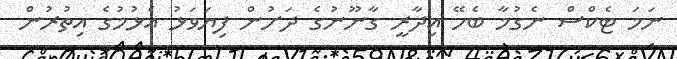
ނަމަ ޓެކްސް ނެގުމާ ބެހޭ އިދާރީ ގާނޫނުގެ ދަށުން ފިޔަވަޅު އެޅުމުގެ އިތުރުން